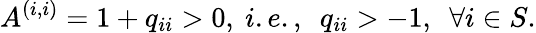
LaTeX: A^{(i,i)}=1+q_{ii}>0,\ i.e.,\ \ q_{ii}>-1,\ \ \forall i\in S.